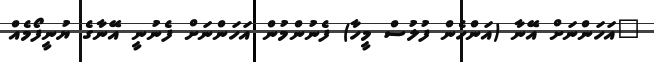
"އަހަންނަށް އޭނާ (އަންހެން ފުލުސް މީހާ) ފެނުންމުން އަހަންނަށް ފެނުނީ އޭނާގެ ޔުނީފޯމެއް